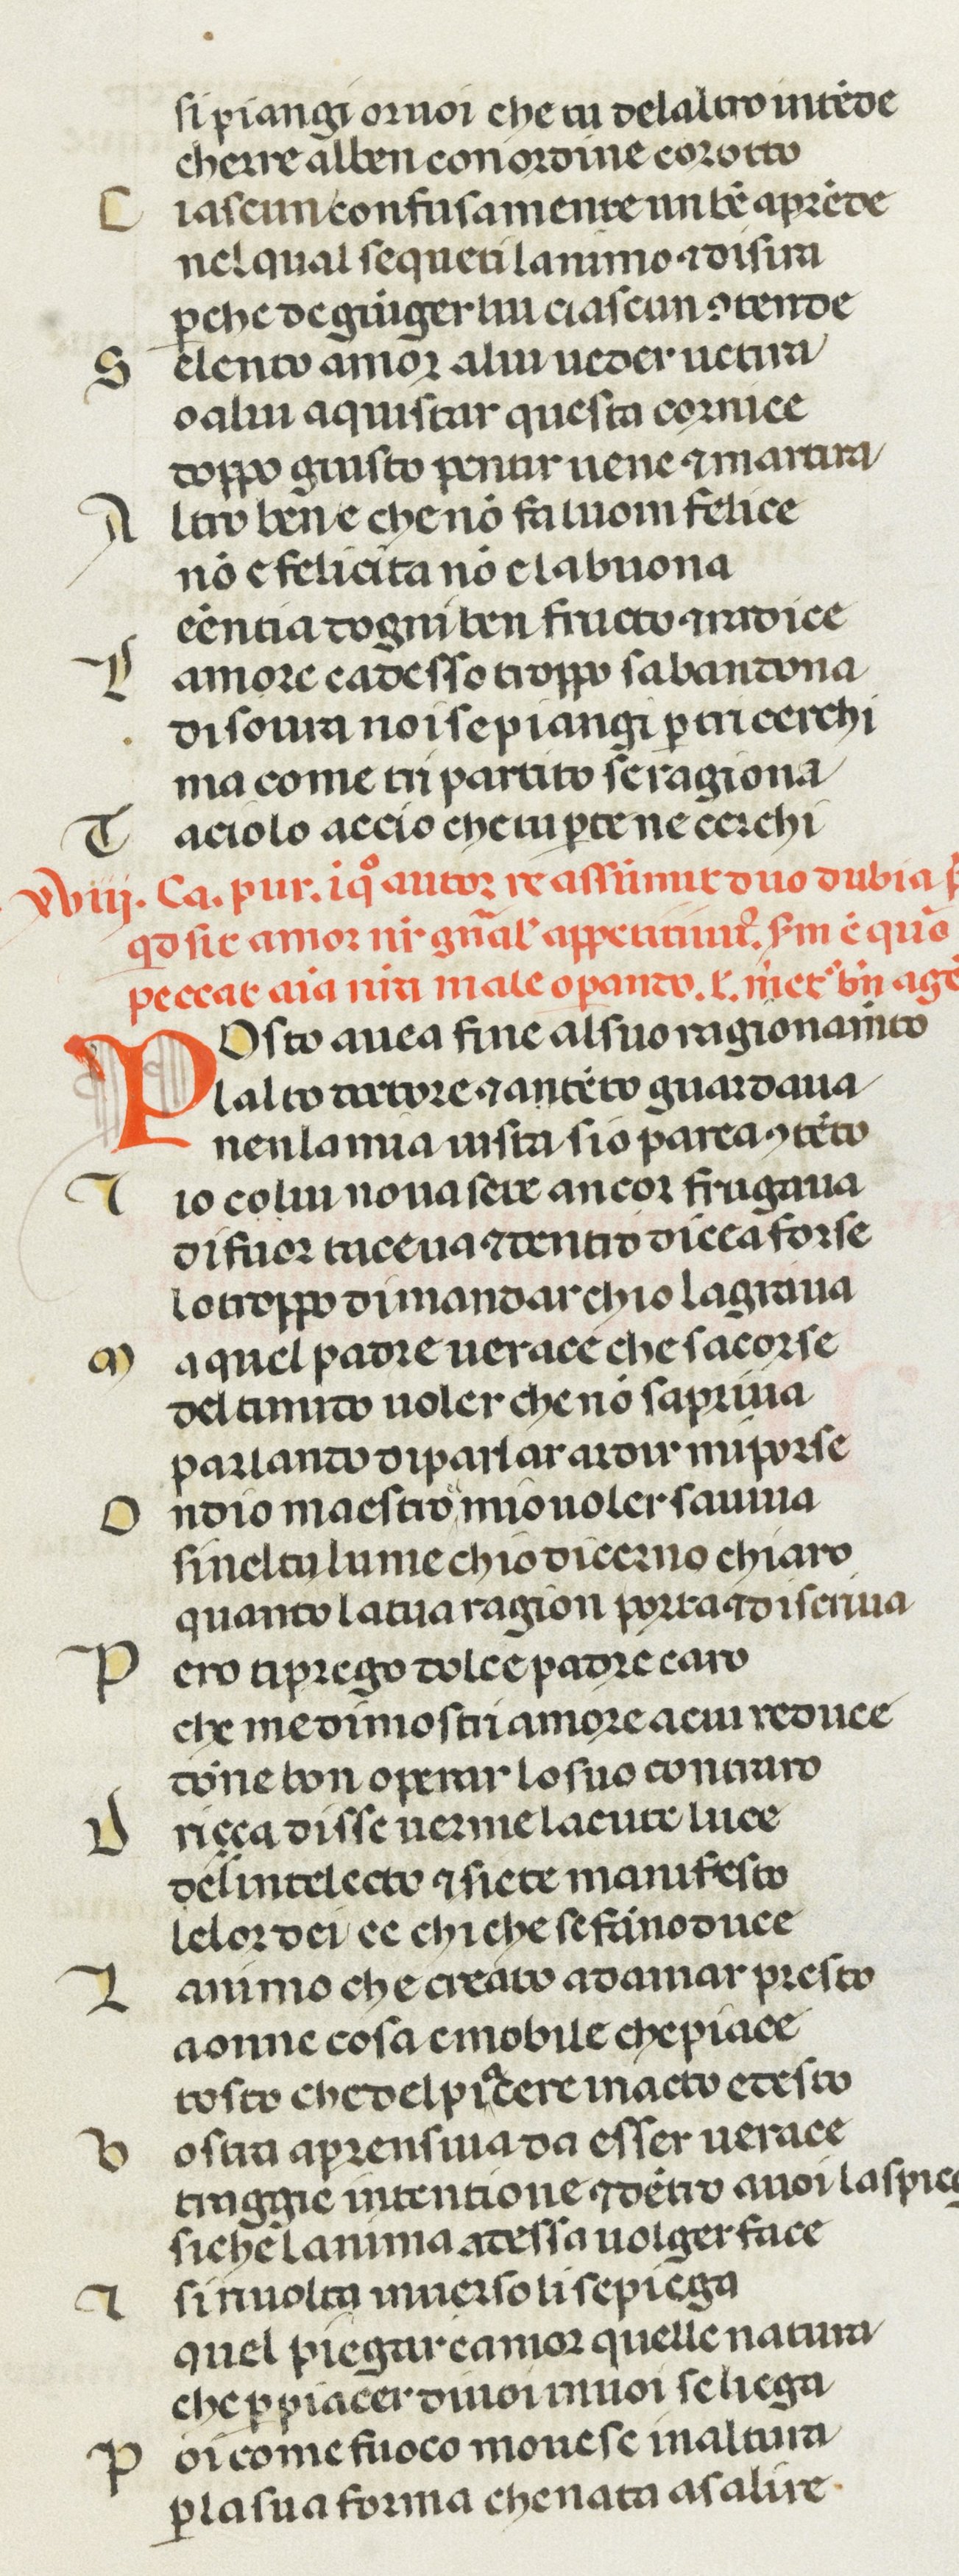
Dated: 1378–1378